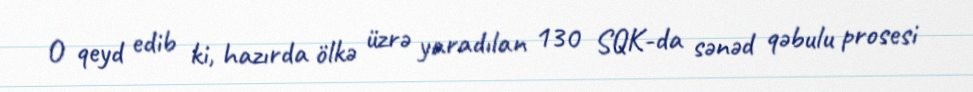
O qeyd edib ki, hazırda ölkə üzrə yaradılan 130 SQK-da sənəd qəbulu prosesi